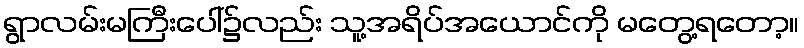
ရွာလမ်းမကြီးပေါ်၌လည်း သူ့အရိပ်အယောင်ကို မတွေ့ရတော့။